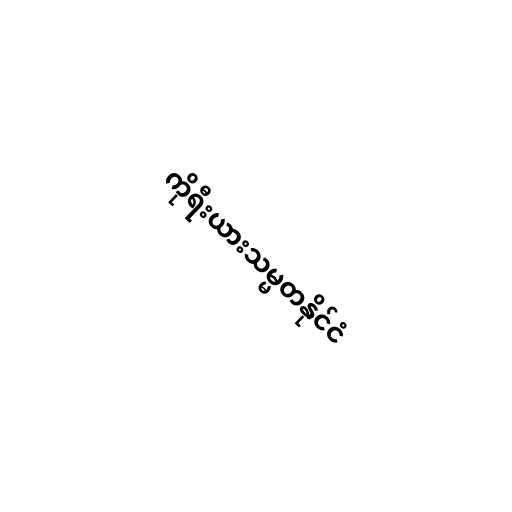
ကိုရီးယားသမ္မတနိုင်ငံ